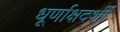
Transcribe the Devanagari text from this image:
धूर्णाक्षदर्शी